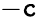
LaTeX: -\mathtt{c}